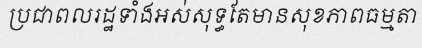
ប្រជាពលរដ្ឋទាំងអស់សុទ្ធតែមានសុខភាពធម្មតា